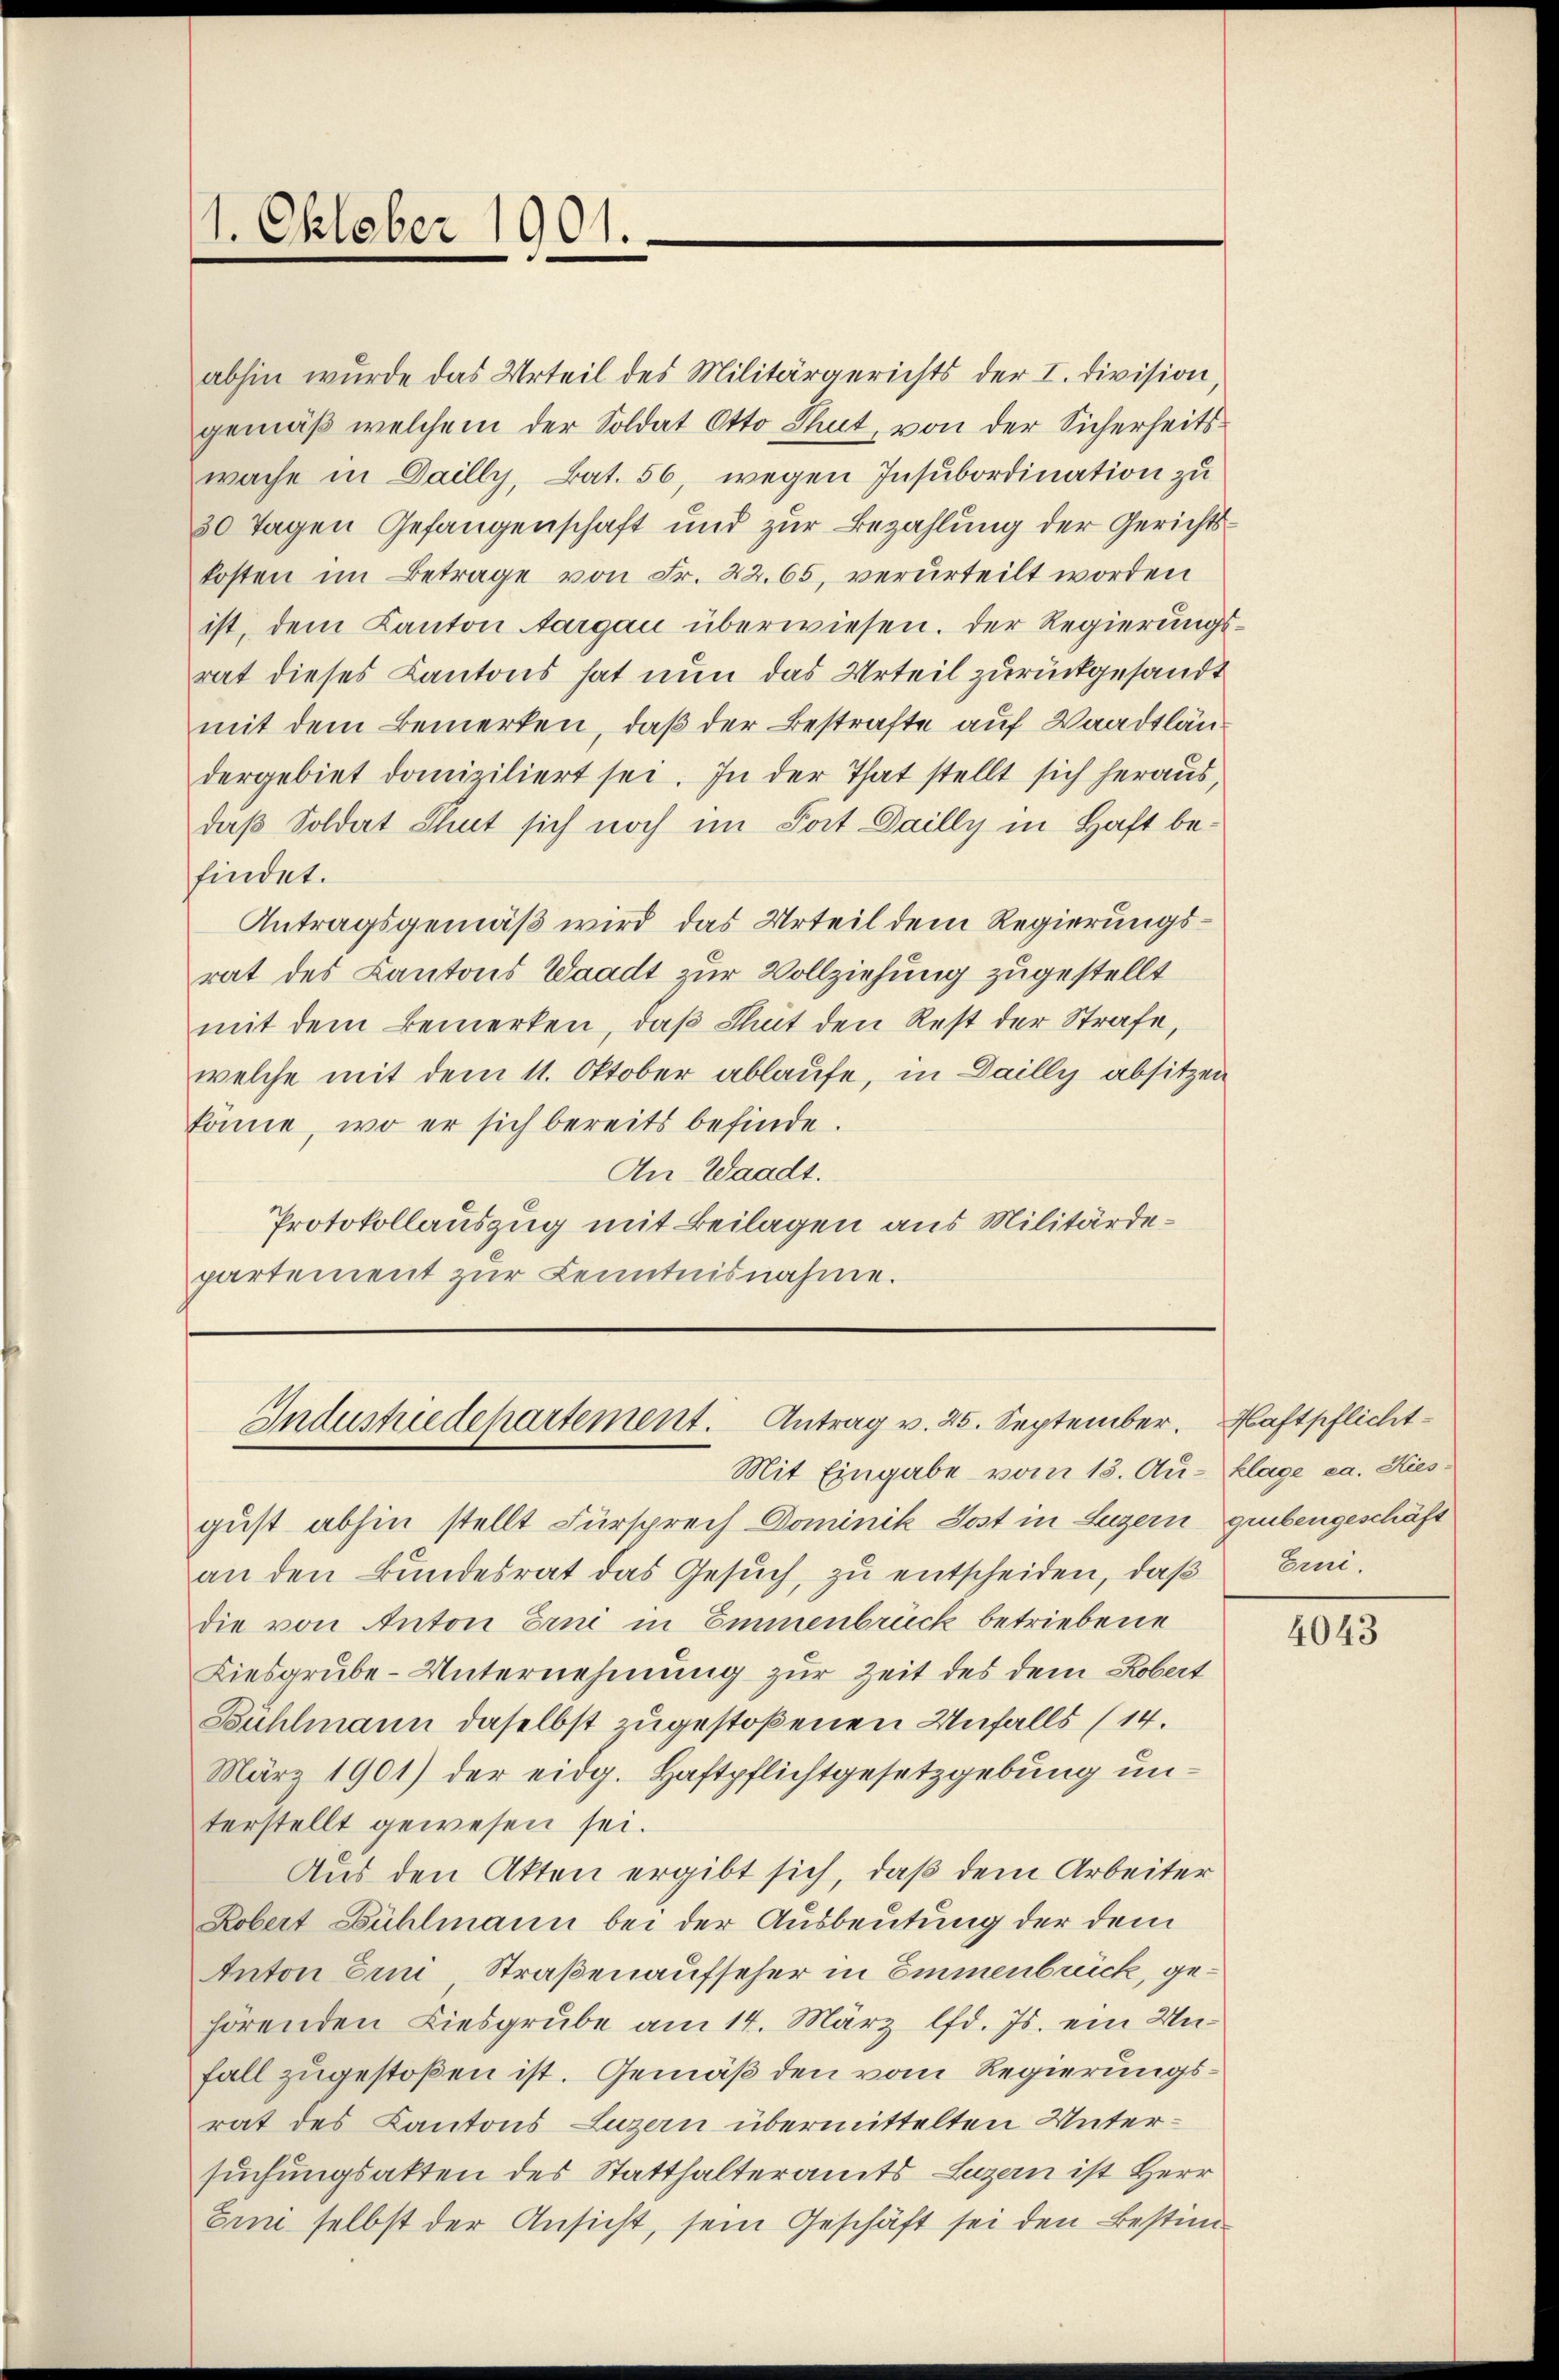
1. Oktober 1901.

abhin wurde das Urteil des Militärgerichts der I. Division,
gemäß welchem der Soldat Otto thut, von der Sicherheitswache in Dailly, Bat. 56, wegen Insubordination zu
30 Tagen Gefangenschaft und zur Bezahlung der Gerichtskosten im Betrage von Fr. 22.65, verurteilt worden
ist, dem Kanton Aargau überwiesen. Der Regierungsrat dieses Kantons hat nun das Urteil zurückgesandt
mit dem Bemerken, daß der Bestrafte auf Waadtländergebiet domiziliert sei. In der That stellt sich heraus,
daß Soldat Thut sich noch im Post Dailly in Haft befindet.
Antragsgemäß wird das Urteil dem Regierungsrat des Kantons Waadt zur Vollziehung zugestellt
mit dem Bemerken, daß Thut den Rest der Strafe,
welche mit dem 11. Oktober ablaufe, in Dailly absitzen
könne, wo er sich bereits befinde.
An Waadt.
Protokollauszug mit Beilagen aus Militärdepartement zur Kenntnisnahme.

Industredepartement. Antrag v. 25. September.

Mit Eingabe vom 13. Au- Klage ca. Hies¬

gust abhin stellt Fürsprech Dominik Jost in Luzern gebengeschäft
an den Bundesrat das Gesuch, zu entscheiden, daß
die von Anton Erne in Emmenbrück betriebene
Liesgrube-Unternehmung zur Zeit des dem Robert
Bühlmann daselbst zugestoßenen Unfalls (14.
März 1901) der eidg. Haftpflichtgesetzgebung unterstellt gewesen sei.
Aus den Akten ergibt sich, daß dem Arbeiter
Robert Bühlmann bei der Ausbeutung der dem
Anton Eini Straßenaufseher in Emmenbrück, gehörenden Liesgrube am 14. März lfd. Js. ein Unfall zugestoßen ist. Gemäß den vom Regierungsrat des Kantons Luzern übermittelten Untersuchungsakten des Statthalteramts Luzern ist Herr
Eini selbst der Ansicht, sein Geschäft sei den Bestim¬

Haftpflicht-
Ern.

4043